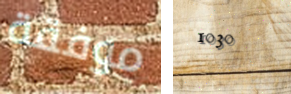
موفقة 1030